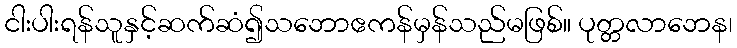
ငါးပါးရန်သူနှင့်ဆက်ဆံ၍သဘောဧကန်မှန်သည်မဖြစ်။ ပုတ္တလာဘေန၊